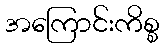
အကြောင်းကိစ္စ